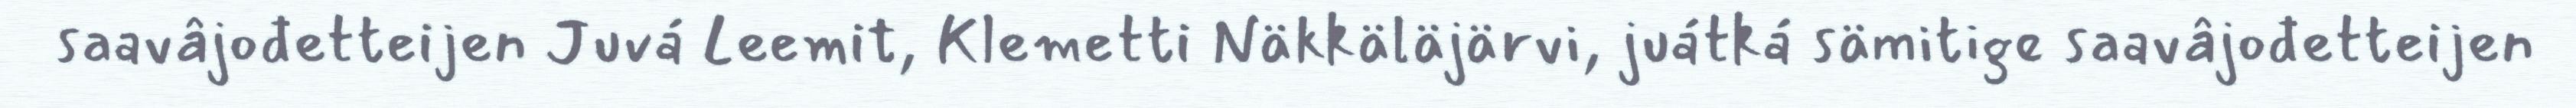
saavâjođetteijen Juvá Leemit, Klemetti Näkkäläjärvi, juátká sämitige saavâjođetteijen